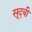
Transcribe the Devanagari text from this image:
सूदबी